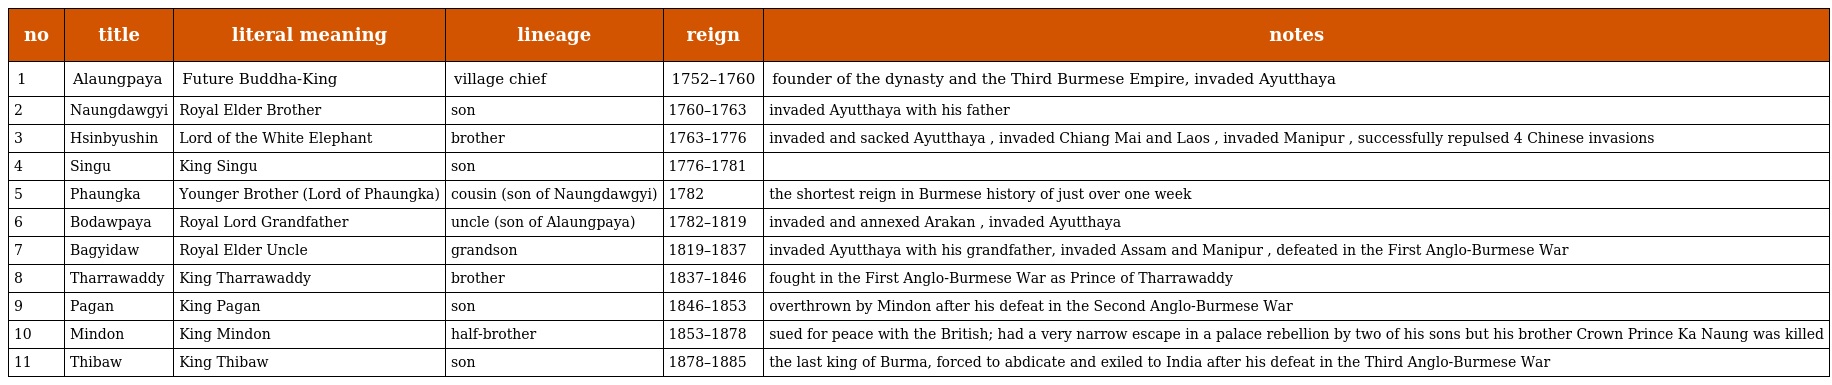
| no | title | literal meaning | lineage | reign | notes |
 | --- | --- | --- | --- | --- | --- |
 | 1 | Alaungpaya | Future Buddha-King | village chief | 1752–1760 | founder of the dynasty and the Third Burmese Empire, invaded Ayutthaya |
 | 2 | Naungdawgyi | Royal Elder Brother | son | 1760–1763 | invaded Ayutthaya with his father |
 | 3 | Hsinbyushin | Lord of the White Elephant | brother | 1763–1776 | invaded and sacked Ayutthaya , invaded Chiang Mai and Laos , invaded Manipur , successfully repulsed 4 Chinese invasions |
 | 4 | Singu | King Singu | son | 1776–1781 |  |
 | 5 | Phaungka | Younger Brother (Lord of Phaungka) | cousin (son of Naungdawgyi) | 1782 | the shortest reign in Burmese history of just over one week |
 | 6 | Bodawpaya | Royal Lord Grandfather | uncle (son of Alaungpaya) | 1782–1819 | invaded and annexed Arakan , invaded Ayutthaya |
 | 7 | Bagyidaw | Royal Elder Uncle | grandson | 1819–1837 | invaded Ayutthaya with his grandfather, invaded Assam and Manipur , defeated in the First Anglo-Burmese War |
 | 8 | Tharrawaddy | King Tharrawaddy | brother | 1837–1846 | fought in the First Anglo-Burmese War as Prince of Tharrawaddy |
 | 9 | Pagan | King Pagan | son | 1846–1853 | overthrown by Mindon after his defeat in the Second Anglo-Burmese War |
 | 10 | Mindon | King Mindon | half-brother | 1853–1878 | sued for peace with the British; had a very narrow escape in a palace rebellion by two of his sons but his brother Crown Prince Ka Naung was killed |
 | 11 | Thibaw | King Thibaw | son | 1878–1885 | the last king of Burma, forced to abdicate and exiled to India after his defeat in the Third Anglo-Burmese War |